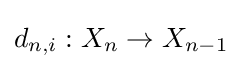
d_{n,i}:X_{n}\to X_{n-1}